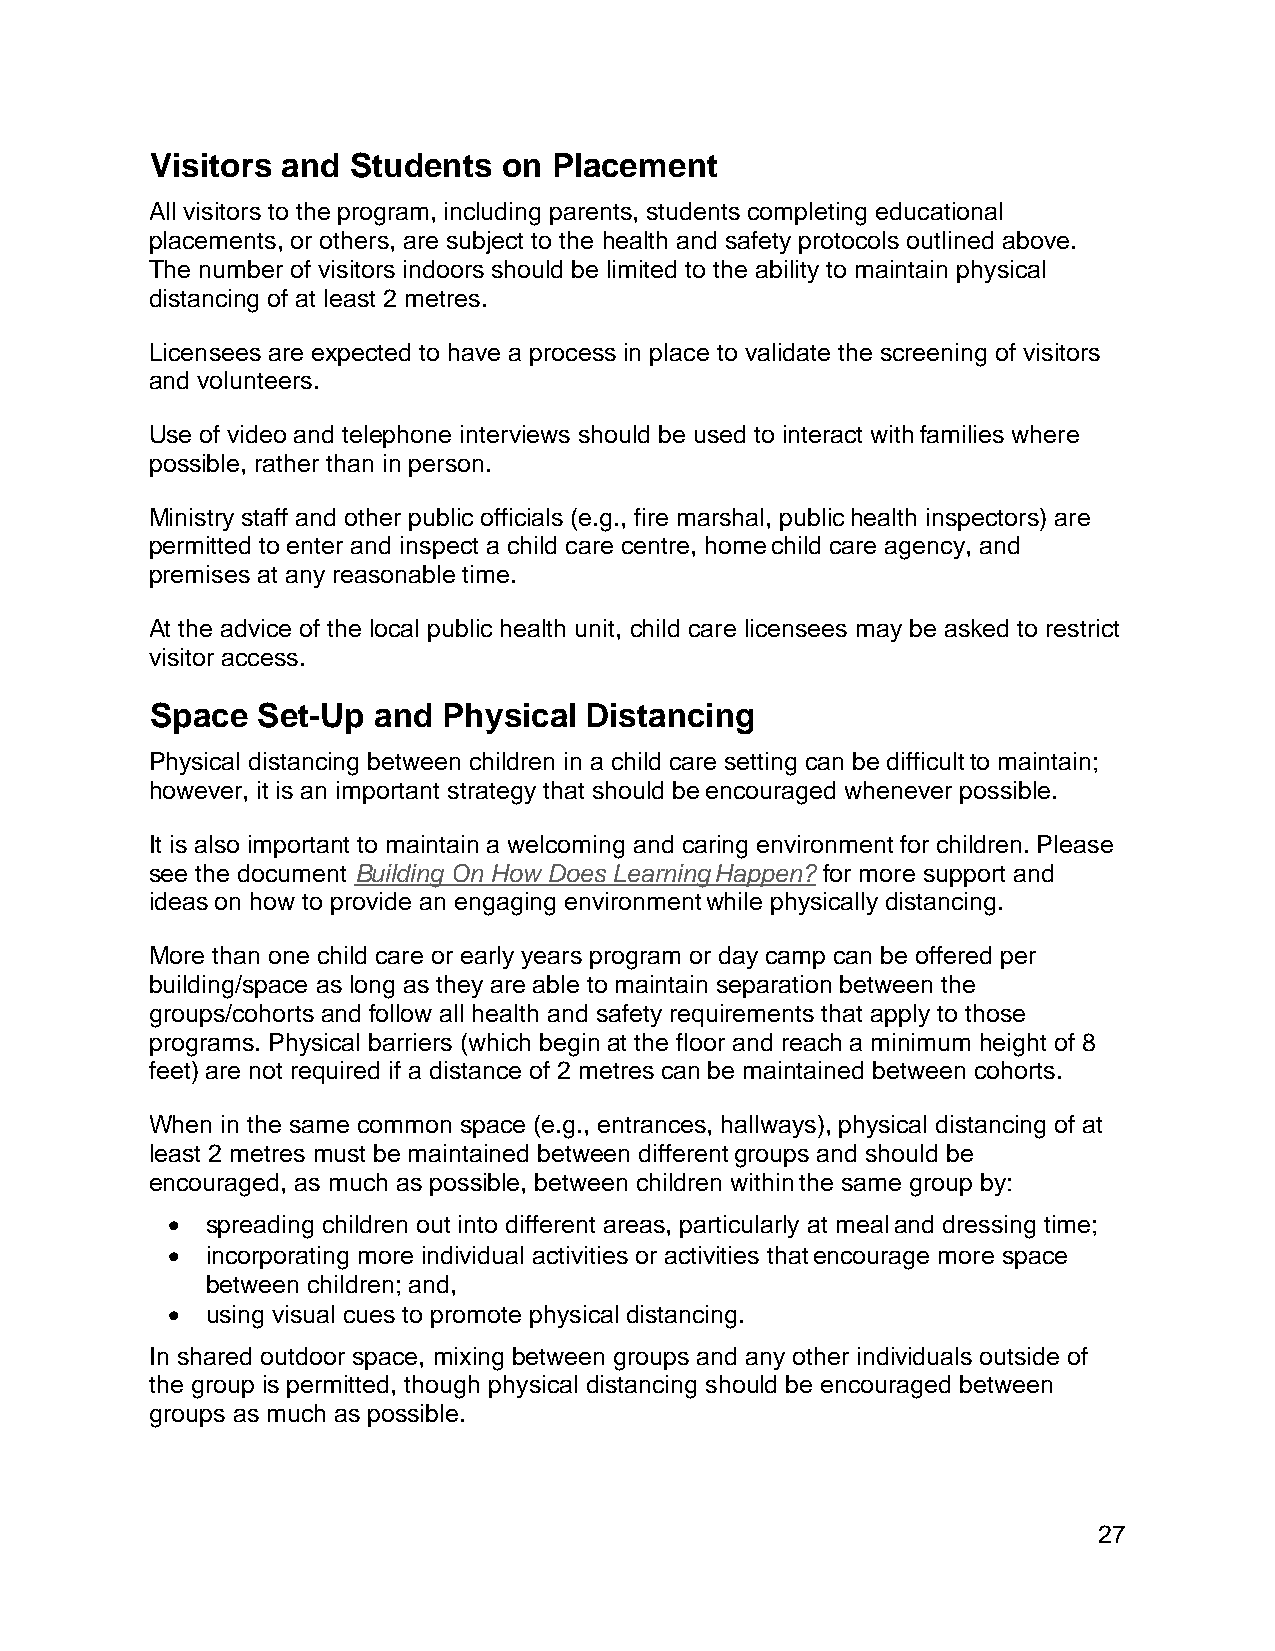
Visitors and Students  on  Placement
 All visitors to the program, including parents, students completing educational
 placements, or others, are subject to the health and safety protocols outlined above.
 The number of visitors indoors should be limited to the ability to maintain physical
 distancing of at least 2 metres.
 Licensees are expected to have a process in place to validate the screening of visitors
 and volunteers.
 Use of video and telephone interviews should be used to interact with families where
 possible, rather than in person.
 Ministry staff and other public officials (e.g., fire marshal, public health inspectors) are
 permitted to enter and inspect a child care centre, home child care agency, and
 premises at any reasonable time.
 At the advice of the local public health unit, child care licensees may be asked to restrict
 visitor access.
 Space  Set-Up  and Physical  Distancing
 Physical distancing between children in a child care setting can be difficult to maintain;
 however, it is an important strategy that should be encouraged whenever possible.
 It is also important to maintain a welcoming and caring environment for children. Please
 see the document Building On How Does Learning Happen? for more support and
 ideas on how to provide an engaging environment while physically distancing.
 More than one child care or early years program or day camp can be offered per
 building/space as long as they are able to maintain separation between the
 groups/cohorts and follow all health and safety requirements that apply to those
 programs. Physical barriers (which begin at the floor and reach a minimum height of 8
 feet) are not required if a distance of 2 metres can be maintained between cohorts.
 When in the same common space (e.g., entrances, hallways), physical distancing of at
 least 2 metres must be maintained between different groups and should be
 encouraged, as much as possible, between children within the same group by:
 •  spreading children out into different areas, particularly at meal and dressing time;
 •  incorporating more individual activities or activities that encourage more space
 between children; and,
 •  using visual cues to promote physical distancing.
 In shared outdoor space, mixing between groups and any other individuals outside of
 the group is permitted, though physical distancing should be encouraged between
 groups as much as possible.
 27